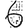
Digit: 6